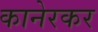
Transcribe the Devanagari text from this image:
कानेरकर